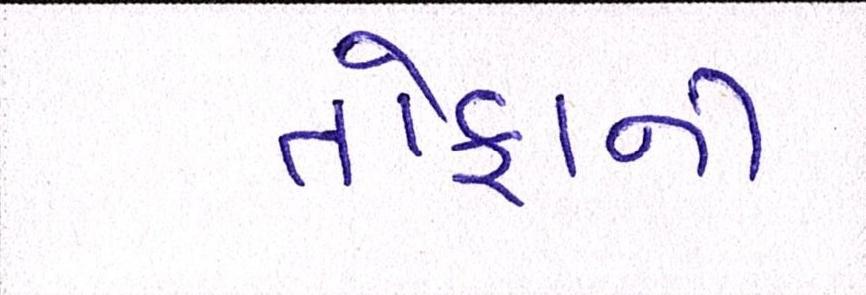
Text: તોફાની